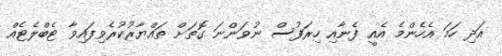
އަދި ހަމަ އެހެންމެ އެއީ ފެނާއި ހިރަފުސް ނުވަންނަ ގޮތަށް ތައްޔާރުކުރެވިފައިވާ ޓެބްލެޓެއް